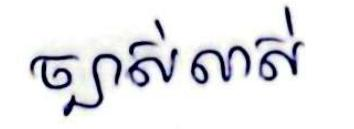
ច្បាស់លាស់